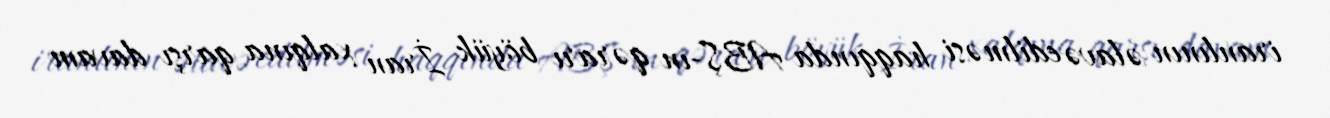
iranlının əlavə edilməsi haqqında ABŞ-ın qərarı böyük İran xalqına qarşı davam